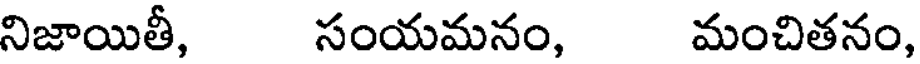
నిజాయితీ, సంయమనం, మంచితనం,